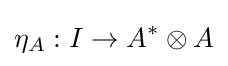
\eta _{A}:I\to A^{*}\otimes A